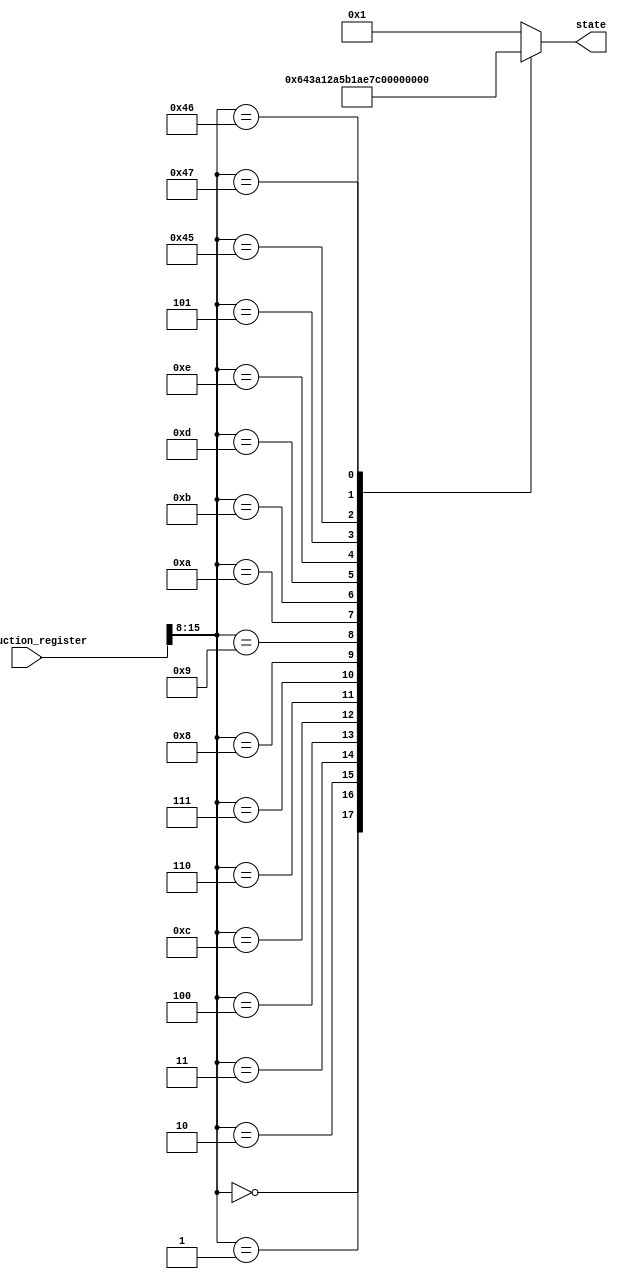
module instruction_decoder (
				state,
				instruction_register
			);
input [15:0] instruction_register;
output [4:0] state;

reg [4:0] state;

// State Encodings 
parameter	
		fetch		= 5'h1,
		execute_add 	= 5'h3,
		execute_store 	= 5'h4,
		execute_load	= 5'h7,
		execute_jump	= 5'h8,
		execute_jump_n  = 5'h9,
		execute_out	= 5'ha,
		execute_xor	= 5'hb,
		execute_or	= 5'hc,
		execute_and	= 5'hd,
		execute_jpos	= 5'he,
		execute_jzero	= 5'hf,
		execute_addi	= 5'h10,
		execute_shl	= 5'h11,
		execute_shr	= 5'h12,
		execute_sub     = 5'h13,
		execute_random	= 5'h14,
		execute_addind	= 5'h15,
		execute_addpcr	= 5'h16;

always@(*)
begin

	case (instruction_register[15:8])
		8'b00000000:
			    state <= execute_add;
		8'b00000001:
			    state <= execute_store;
		8'b00000010:
			    state <= execute_load;
		8'b00000011:
			    state <= execute_jump;
		8'b00000100:
			    state <= execute_jump_n;
		8'b00001100:
			    state <= execute_out;
		8'b00000110:
			    state <= execute_xor;
		8'b00000111:
			    state <= execute_or;
		8'b00001000:
			    state <= execute_and;
		8'b00001001:
			    state <= execute_jpos;
		8'b00001010:
			    state <= execute_jzero;
		8'b00001011:
			    state <= execute_addi;
		8'b00001101:
			    state <= execute_shl;
		8'b00001110:
			    state <= execute_shr;
		8'b00000101:
			    state <= execute_sub;
		//----------------------------------------------------------------------------------------------------------------------------------------------
		8'b01000101 :
				state <= execute_random;
		8'b01000110 :
				state <= execute_addind;
		8'b01000111	:
				state <= execute_addpcr;
		//----------------------------------------------------------------------------------------------------------------------------------------------		
		default:
			    state <= fetch;
	endcase
end		
endmodule